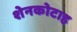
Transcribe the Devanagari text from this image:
शेनकोटाह